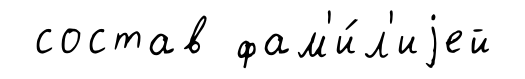
состав фам'и́л'иjей